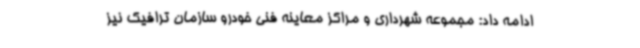
ادامه داد: مجموعه شهرداری و مراکز معاینه فنی خودرو سازمان ترافیک نیز